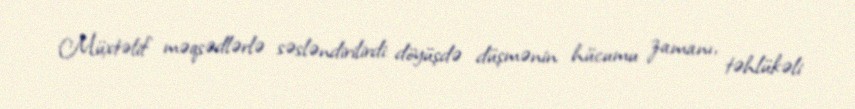
Müxtəlif məqsədlərlə səsləndirilirdi: döyüşdə düşmənin hücumu zamanı, təhlükəli